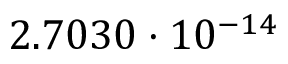
2 . 7 0 3 0 \cdot 1 0 ^ { - 1 4 }